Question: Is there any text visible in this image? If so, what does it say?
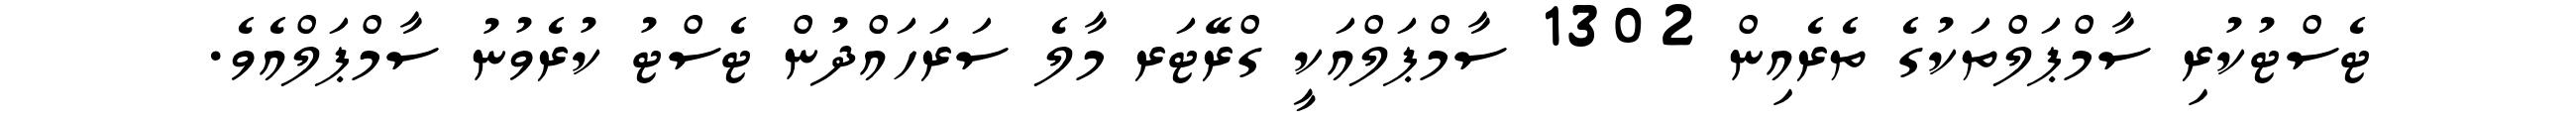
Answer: ޓެސްޓުކުރި ސާމްޕަލްތަކުގެ ތެރެއިން 1302 ސާމްޕަލްއަކީ ގްރޭޓަރ މާލެ ސަރަހައްދުން ޓެސްޓު ކުރެވުނު ސާމްޕަލްއެވެ.